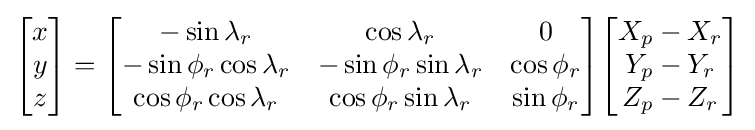
{\begin{bmatrix}x\\y\\z\end{bmatrix}}={\begin{bmatrix}-\sin \lambda _{r}&\cos \lambda _{r}&0\\-\sin \phi _{r}\cos \lambda _{r}&-\sin \phi _{r}\sin \lambda _{r}&\cos \phi _{r}\\\cos \phi _{r}\cos \lambda _{r}&\cos \phi _{r}\sin \lambda _{r}&\sin \phi _{r}\end{bmatrix}}{\begin{bmatrix}X_{p}-X_{r}\\Y_{p}-Y_{r}\\Z_{p}-Z_{r}\end{bmatrix}}